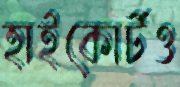
হাইকোর্টও